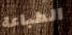
الطباعة